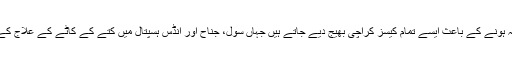
صوبے کے دیگر تمام اضلاع میں ویکسین ناپید اور معیاری طبی سہولیات نہ ہونے کے باعث ایسے تمام کیسز کراچی بھیج دیے جاتے ہیں جہاں سول، جناح اور انڈس ہسپتال میں کتے کے کاٹے کے علاج کے لیے علیحدہ سیکشن قائم ہے تاہم اب وہاں بھی ویکسین کی قلت کا سامنا ہے۔